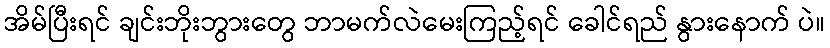
အိမ်ပြီးရင် ချင်းဘိုးဘွားတွေ ဘာမက်လဲမေးကြည့်ရင် ခေါင်ရည် နွားနောက် ပဲ။